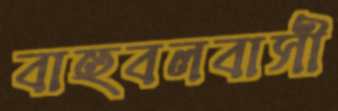
বাহুবলবাসী